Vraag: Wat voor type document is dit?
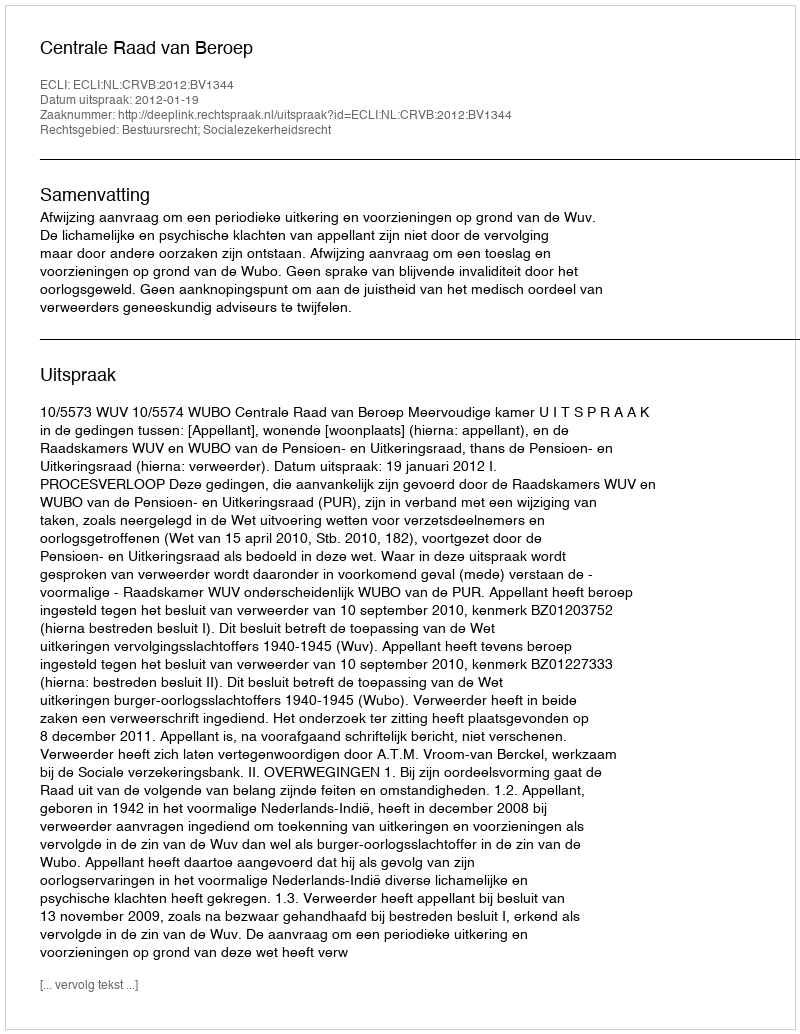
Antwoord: Uitspraak